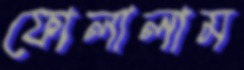
ফোলালাম